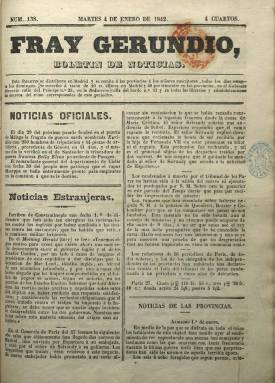
Título: Fray Gerundio, boletín de noticias
Colección: Periódicos anteriores a 1850
Ámbito geográfico: Madrid
Lugar de publicación: Madrid
Fechas: 04/01/1842-30/06/1842

El periódico de noticias redactado por el historiador Modesto Lafuente (1806-1866) adopta este título a partir del dos de enero de 1842, siguiendo la secuencia numérica de Boletín de Fr. Gerundio, cuya primera entrega había salido el 19 de agosto de 1841. Anteriormente, entre el 10 de noviembre de 1838 y 1841, su título había sido Fr. Gerundio, boletín de noticias. Tras abandonar su carrera eclesiástica, Lafuente había iniciado la periodística con la fundación en 1837, en la ciudad de León, del periódico satírico-burlesco Fr. Gerundio, que a partir de julio de 1838 comenzó a publicarlo en Madrid, a donde se había trasladado.

Durante el periodo que va del dos de enero al 30 de junio de 1842, Lafuente publica una nueva época del semanario satírico Fr. Gerundio y diariamente (excepto domingos y festivos) este boletín de noticias, que se distribuía en Madrid y a los suscriptores de provincias. Son entregas de cuatro páginas, foliadas y compuestas a dos columnas, estampadas en el Establecimiento Tipográfico de la calle del Sordo, en donde quedó también establecida la redacción. Hasta el uno de marzo, aparecerá indicado L.G. de Soto como su editor responsable, y después, J.B. Moreno.

Lafuente ejerce aquí un periodismo informativo riguroso, en un periodo comprendido entre las Constituciones de 1837 y 1845, años en los que el liberalismo español  quedará formalmente encauzado en los partidos Moderado y Progresista.  Estructurado en secciones, sus noticias aparecen bajo epígrafes como Noticias extranjeras o Boletín extranjero, Noticias de provincias o Boletín nacional, Cortes, Noticias oficiales y Madrid. El origen de la información procede, generalmente, de otros periódicos y de la propia Gaceta de Madrid, para lo que, probablemente, su redactor podía acudir al Gabinete Literario establecido en la calle del Príncipe. También, en su cuarta plana insertará anuncios comerciales, generalmente bibliográficos.

Este boletín de noticias también publica folletines en los faldones de sus dos primeras planas, que comienza con el titulado El soltero y el casado, pero también una serie de artículos bajo el epígrafe Viage de Fray Gerundio por algunos reinos extranjeros, que el autor había emprendido durante el segundo semestre de 1841, es decir, entre su salida de León y el establecimiento definitivo de su residencia en Madrid. En 1843, Lafuente se convertirá en cuñado de Francisco de Paula y Mellado, al contraer matrimonio con una hermana de este editor e impresor, que había obtenido importantes beneficios dando a la estampa tanto el semanario Fr. Gerundio como su diario boletín de noticias (Ruth López Zazo: 2010).